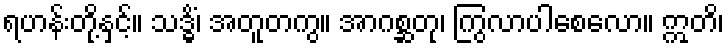
ရဟန်းတို့နှင့်။ သဒ္ဓိံ၊ အတူတကွ။ အာဂစ္ဆတု၊ ကြွလာပါစေလော။ ဣတိ၊